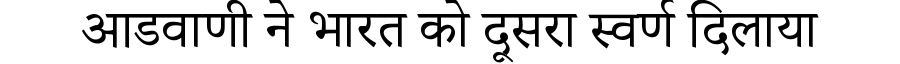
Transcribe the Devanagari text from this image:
आडवाणी ने भारत को दूसरा स्वर्ण दिलाया